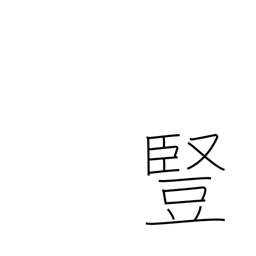
Meaning: vertical